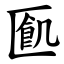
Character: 㔳